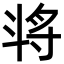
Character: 𣁻